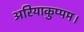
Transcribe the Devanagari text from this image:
अरियाकुप्पम।